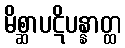
မိစ္ဆာပဋိပန္နာတ္ထ